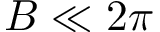
B \ll 2 \pi